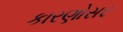
કારણોસર